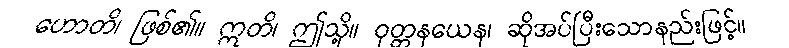
ဟောတိ၊ ဖြစ်၏။ ဣတိ၊ ဤသို့။ ဝုတ္တနယေန၊ ဆိုအပ်ပြီးသောနည်းဖြင့်။